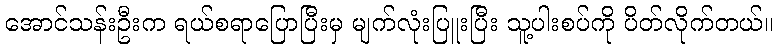
အောင်သန်းဦးက ရယ်စရာပြောပြီးမှ မျက်လုံးပြူးပြီး သူ့ပါးစပ်ကို ပိတ်လိုက်တယ်။